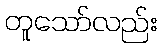
တူသော်လည်း